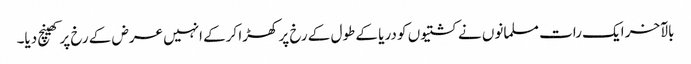
بالآخر ایک رات مسلمانوں نے کشتیوں کو دریا کے طول کے رخ پر کھڑا کرکے انہیں عرض کے رخ پر کھینچ دیا۔